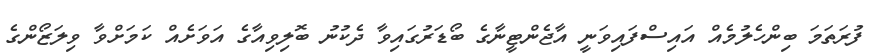
ފުރަތަމަ ބިންހެލުމެއް އައިސްފައިވަނީ އާޖެންޓީނާގެ ބޯޑަރުގައިވާ ދެކުނު ބޮލިވިއާގެ އަވަށެއް ކަމަށްވާ ވިލަޒޯންގެ